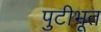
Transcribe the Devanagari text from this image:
पुटीभूत